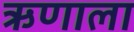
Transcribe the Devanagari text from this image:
ऋणाला